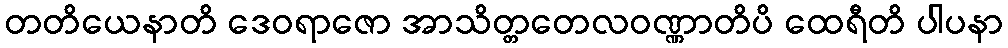
တတိယေနာတိ ဒေဝရာဇော အာသိတ္တတေလဝဏ္ဏာတိပိ ထေရီတိ ပါပနာ